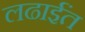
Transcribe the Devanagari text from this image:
लढाईंत